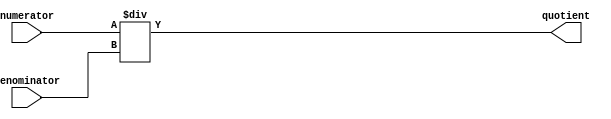
module fractional_divider (
  input [15:0] numerator,
  input [15:0] denominator,
  output reg [15:0] quotient
);

reg [15:0] fractional_result;

always @* begin
  fractional_result = numerator / denominator;
  quotient = fractional_result;
end

endmodule